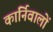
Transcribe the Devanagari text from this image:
कार्निवालों